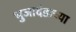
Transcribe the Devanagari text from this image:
भुजादंडाच्या